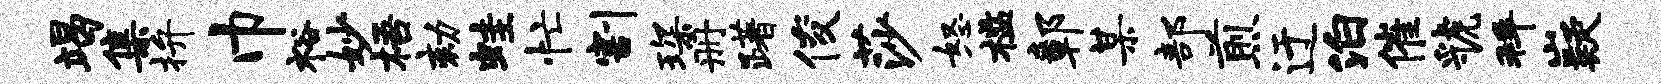
竭集拚巾裕妙梧劾蛙忙割琛册躇俊莎怒槛鄣某部煎迂泊催虢拜嶷